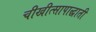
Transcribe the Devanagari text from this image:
चीखीत्सापाद्धाती